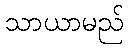
သာယာမည်